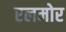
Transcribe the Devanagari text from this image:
एलमोर